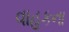
વાહકના